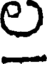
ల